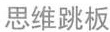
思维跳板